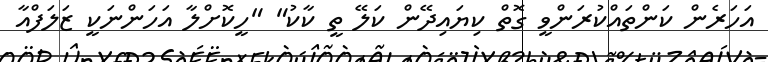
އަހަރެން ކަންތައްކުރަންވީ ގޮތް ކިޔައިދޭން ކަލޭ ތީ ކާކު" "ހީކޮށްލާ އަހަންނަކީ ޒަލަފްއާ